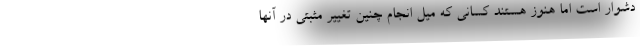
دشوار است اما هنوز هستند کسانی که میل انجام چنین تغییر مثبتی در آنها